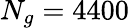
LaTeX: N_{g}=4400